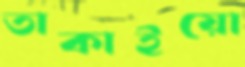
তাকাইয়ো